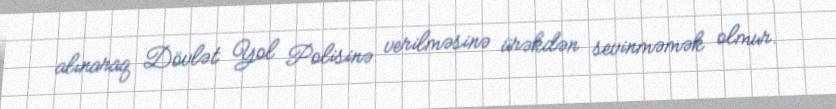
alınaraq Dövlət Yol Polisinə verilməsinə ürəkdən sevinməmək olmur.